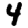
Digit: 4